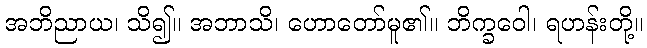
အဘိညာယ၊ သိ၍။ အဘာသိ၊ ဟောတော်မူ၏။ ဘိက္ခဝေါ၊ ရဟန်းတို့။